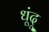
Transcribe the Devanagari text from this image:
धूंदू